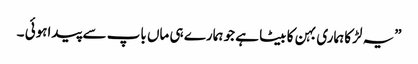
”یہ لڑکا ہماری بہن کا بیٹا ہے جو ہمارے ہی ماں باپ سے پیداہوئی ۔